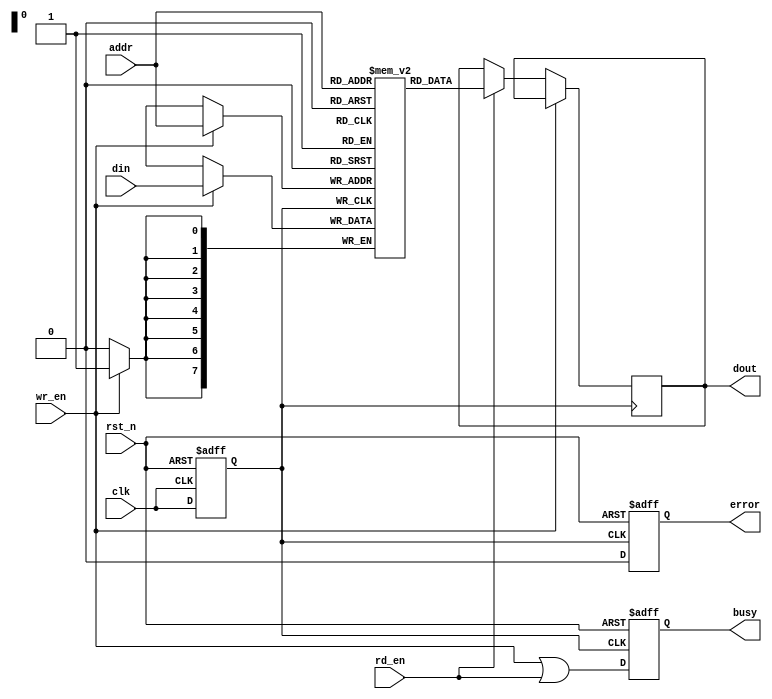
module mram_io_block (
    input wire clk,
    input wire rst_n,
    input wire [ADDRESS_WIDTH-1:0] addr,
    input wire [DATA_WIDTH-1:0] din,
    output reg [DATA_WIDTH-1:0] dout,
    input wire wr_en,
    input wire rd_en,
    output reg busy,
    output reg error
);
    parameter DATA_WIDTH = 8;     // Data width
    parameter ADDRESS_WIDTH = 8;  // Address width
    parameter ECC_ENABLED = 1;    // Flag for ECC
    reg [DATA_WIDTH-1:0] memory [0:(1<<ADDRESS_WIDTH)-1]; // Memory array
    reg [DATA_WIDTH-1:0] parity; // Parity for error detection
    reg [DATA_WIDTH-1:0] ecc_code; // ECC code (if applicable)

    // Clock Management (simple buffer)
    reg clk_buf;

    always @(posedge clk or negedge rst_n) begin
        if (!rst_n) begin
            clk_buf <= 0;
        end else begin
            clk_buf <= clk;
        end
    end

    // Address Decoding Logic
    wire [ADDRESS_WIDTH-1:0] decoded_addr;
    assign decoded_addr = addr;

    // Control Signal Generation
    always @(posedge clk_buf or negedge rst_n) begin
        if (!rst_n) begin
            busy <= 0;
            error <= 0;
        end else begin
            busy <= wr_en || rd_en;
            error <= 0; // Reset error flag
        end
    end

    // Data Input/Output Buffers
    always @(posedge clk_buf) begin
        if (wr_en) begin
            memory[decoded_addr] <= din; // Write data to memory
            // Generate parity (if needed)
            if (ECC_ENABLED) begin
                parity <= ^din; // Simple parity generation
                // ECC logic (if needed) can be added here
            end
        end else if (rd_en) begin
            dout <= memory[decoded_addr]; // Read data from memory
            // Check parity (if needed)
            if (ECC_ENABLED) begin
                // Simple parity check can be implemented here
                // If there's an error, set error flag
            end
        end
    end

    // Test and Debug Features (simplified BIST)
    reg bist_enable;
    always @(posedge clk_buf or negedge rst_n) begin
        if (!rst_n) begin
            bist_enable <= 0;
        end else if (bist_enable) begin
            // Implement BIST logic here
        end
    end
endmodule